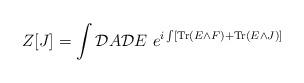
LaTeX: \begin{align*}Z[J]=\int {\cal D}A {\cal D}E \,\,e^{i\int [{\rm Tr}\left( E\wedge F\right) + {\rm Tr}\left( E\wedge J\right) ]}\end{align*}